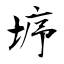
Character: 垿